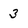
Character: 3